Theory and practice of anti-rabic immunisation - Number 30
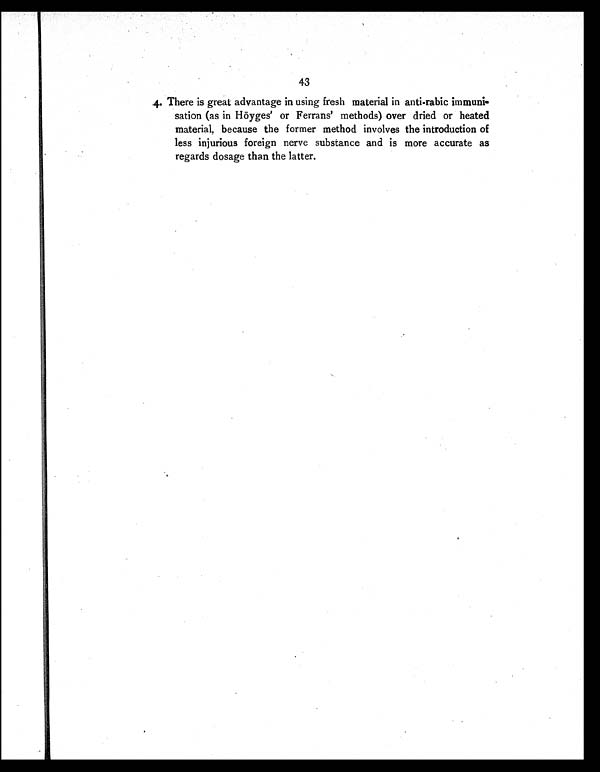
43
4. There is great advantage in using fresh material in anti-rabic immuni-
sation (as in Höyges' or Ferrans' methods) over dried or heated
material, because the former method involves the introduction of
less injurious foreign nerve substance and is more accurate as
regards dosage than the latter.